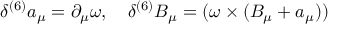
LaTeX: \delta ^ { ( 6 ) } a _ { \mu } = \partial _ { \mu } \omega , \quad \delta ^ { ( 6 ) } B _ { \mu } = ( \omega \times ( B _ { \mu } + a _ { \mu } ) )